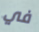
في